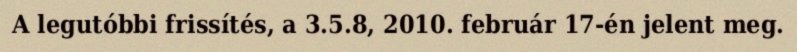
A legutóbbi frissítés, a 3.5.8, 2010. február 17-én jelent meg.